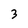
Character: 3